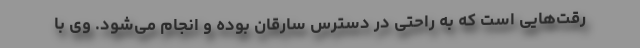
رقت‌هایی است که به راحتی در دسترس سارقان بوده و انجام می‌شود. وی با